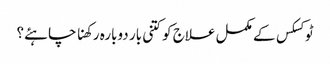
ٹوکسکس کے مکمل علاج کو کتنی بار دوبارہ رکھنا چاہئے؟